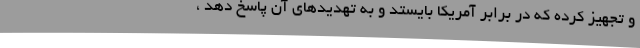
و تجهیز کرده که در برابر آمریکا بایستد و به تهدیدهای آن پاسخ دهد ،